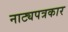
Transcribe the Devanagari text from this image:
नाट्यपत्रकार